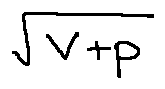
\sqrt { V + p }